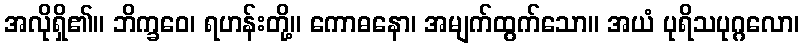
အလိုရှိ၏။ ဘိက္ခဝေ၊ ရဟန်းတို့။ ကောဓနော၊ အမျက်ထွက်သော။ အယံ ပုရိသပုဂ္ဂလော၊